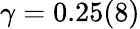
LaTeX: \gamma=0.25(8)